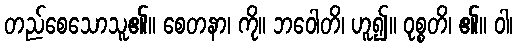
တည်စေသောသူ၏။ စေတနာ၊ ကို။ ဘဝေါတိ၊ ဟူ၍။ ဝုစ္စတိ၊ ၏။ ဝါ၊